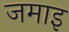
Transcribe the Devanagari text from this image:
जमाइ